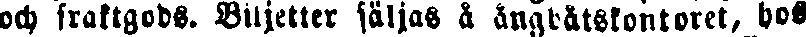
och kraftgods. Biljetter säljas å ångbåtskontoret, hos